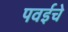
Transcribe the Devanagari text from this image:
पवईचे